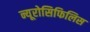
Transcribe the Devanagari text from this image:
न्यूरोसिफिलिस